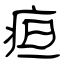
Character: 疸